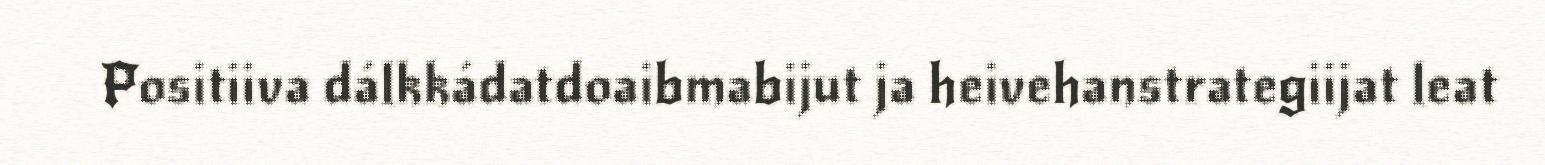
Positiiva dálkkádatdoaibmabijut ja heivehanstrategiijat leat